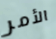
الأمر